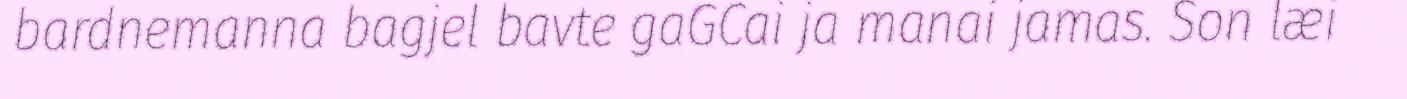
bardnemanna bagjel bavte gaGCai ja manai jamas. Son læi